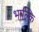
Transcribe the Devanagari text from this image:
भाल्कि